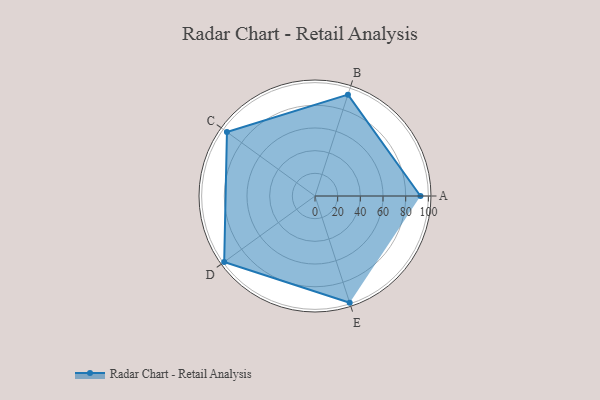
{"axis": {"x": "Skill", "y": "Score"}, "legend": ["Profile"], "data": [{"x": "A", "y": 93.0, "type": "Profile"}, {"x": "B", "y": 94.0, "type": "Profile"}, {"x": "C", "y": 96.0, "type": "Profile"}, {"x": "D", "y": 99.0, "type": "Profile"}, {"x": "E", "y": 99, "type": "Profile"}]}